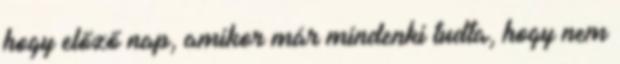
hogy előző nap, amikor már mindenki tudta, hogy nem